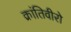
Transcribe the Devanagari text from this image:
क्रांतिवीरो